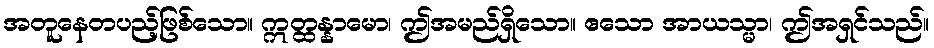
အတူနေတပည့်ဖြစ်သော။ ဣတ္ထန္နာမော၊ ဤအမည်ရှိသော။ ဧသော အာယသ္မာ၊ ဤအရှင်သည်။